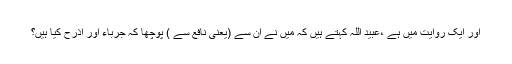
اور ایک روایت میں ہے ،عبید اللہ کہتے ہیں کہ میں نے ان سے (یعنی نافع سے ) پوچھا کہ جرباء اور اذرح کیا ہیں؟